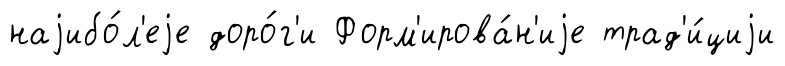
наjибо́л'еjе доро́г'и Форм'ирова́н'иjе трад'и́циjи